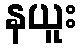
နယူး